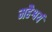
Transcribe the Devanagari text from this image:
महैश्वर्य